Report of the Indian Hemp Drugs Commission, 1894-1895 - Volume IV
Year: 1894
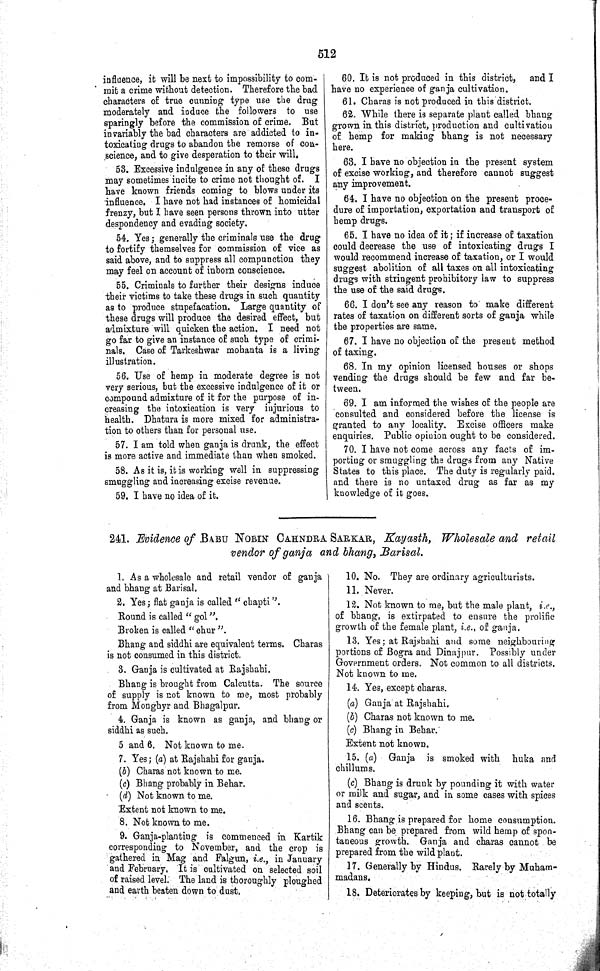
512
influence, it will be next to impossibility to com-
mit a crime without detection. Therefore the bad
characters of true cunning type use the drug
moderately and induce the followers to use
sparingly before the commission of crime. But
invariably the bad characters are addicted to in-
toxicating drugs to abandon the remorse of con-
science, and to give desperation to their will.
53. Excessive indulgence in any of these drugs
may sometimes incite to crime not thought of.
I
have known friends coming to blows under its
influence. I have not had instances of homicidal
frenzy, but I have seen persons thrown into utter
despondency and evading society.
54. Yes; generally the criminals use the drug
to fortify themselves for commission of vice as
said above, and to suppress all compunction they
may feel on account of inborn conscience.
55. Criminals to further their designs induce
their victims to take these drugs in such quantity
as to produce stupefacation. Large quantity of
these drugs will produce the desired effect, but
admixture will quicken the action. I need not
go far to give an instance of such type of crimi-
nals. Case of Tarkeshwar mohanta is a living
illustration.
56. Use of hemp in moderate degree is not
very serious, but the excessive indulgence of it or
compound admixture of it for the purpose of in-
creasing the intoxication is very injurious to
health. Dhatura is more mixed for administra-
tion to others than for personal use.
57. I am told when ganja is drunk, the effect
is more active and immediate than when smoked.
58. As it is, it is working well in suppressing
smuggling and increasing excise revenue.
59. I have no idea of it.
60. It is not produced in this district,
and I
have no experience of ganja cultivation.
61. Charas is not produced in this district.
62. While there is separate plant called bhang
grown in this district, production and cultivation
of hemp for making bhang is not necessary
here.
63. I have no objection in the present system
of excise working, and therefore cannot suggest
any improvement.
64. I have no objection on the present proce-
dure of importation, exportation and transport of
hemp drugs.
65. I have no idea of it; if increase of taxation
could decrease the use of intoxicating drugs I
would recommend increase of taxation, or I would
suggest abolition of all taxes on all intoxicating
drugs with stringent prohibitory law to suppress
the use of the said drugs.
66. I don't see any reason to make different
rates of taxation on different sorts of ganja while
the properties are same.
67. I have no objection of the present method
of taxing.
68. In my opinion licensed houses or shops
vending the drugs should be few and far be-
tween.
69. I am informed the wishes of the people are
consulted and considered before the license is
granted to any locality. Excise officers make
enquiries. Public opinion ought to be considered.
70. I have not come across any facts of im-
porting or smuggling the drugs from any Native
States to this place. The duty is regularly paid.
and there is no untaxed drug as far as my
knowledge of it goes.
241. Evidence of BABU NOBIN CAHNDRA SARKAR, Kayasth, Wholesale and retail
vendor of ganja and bhang, Barisal.
1. As a wholesale and retail vendor of ganja
and bhang at Barisal.
2. Yes; flat ganja is called "chapti".
Round is called "gol".
Broken is called "chur".
Bhang and siddhi are equivalent terms. Charas
is not consumed in this district.
3. Ganja is cultivated at Rajshahi.
Bhang is brought from Calcutta. The source
of supply is not known to me, most probably
from Monghyr and Bhagalpur.
4. Ganja is known as ganja, and bhang or
siddhi as such.
5 and 6. Not known to me.
7. Yes; (a) at Rajshahi for ganja.
(b) Charas not known to me.
(c) Bhang probably in Behar.
(d) Not known to me.
Extent not known to me.
8. Not known to me.
9. Ganja-planting is commenced in Kartik
corresponding to November, and the crop is
gathered in Mag and Falgun, i.e., in January
and February. It is cultivated on selected soil
of raised level. The land is thoroughly ploughed
and earth beaten down to dust.
10. No, They are ordinary agriculturists.
11. Never.
12. Not known to me, but the male plant, i.e.,
of bhang, is extirpated to ensure the prolific
growth of the female plant, i.e., of ganja.
13. Yes; at Rajshahi and some neighbouring
portions of Bogra and Dinajpur. Possibly under
Government orders. Not common to all districts.
Not known to me.
14. Yes, except charas.
(a) Ganja at Rajshahi.
(b) Charas not known to me.
(c) Bhang in Behar.
Extent not known.
15. (a) Ganja is smoked with huka and
chillums.
(c) Bhang is drunk by pounding it with water
or milk and sugar, and in some cases with spices
and scents.
16. Bhang is prepared for home consumption.
Bhang can be prepared from wild hemp of spon-
taneous growth. Ganja and charas cannot be
prepared from the wild plant.
17. Generally by Hindus. Rarely by Muham-
madans.
18. Deteriorates by keeping, but is not totally